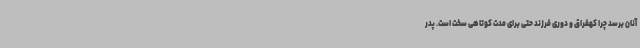
آنان برسد چرا کهفراق و دوری فرزند حتی برای مدت کوتاهی سخت است. پدر